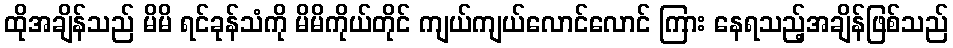
ထိုအချိန်သည် မိမိ ရင်ခုန်သံကို မိမိကိုယ်တိုင် ကျယ်ကျယ်လောင်လောင် ကြား နေရသည့်အချိန်ဖြစ်သည်